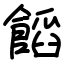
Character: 饀